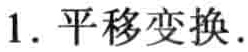
1. 平移变换.